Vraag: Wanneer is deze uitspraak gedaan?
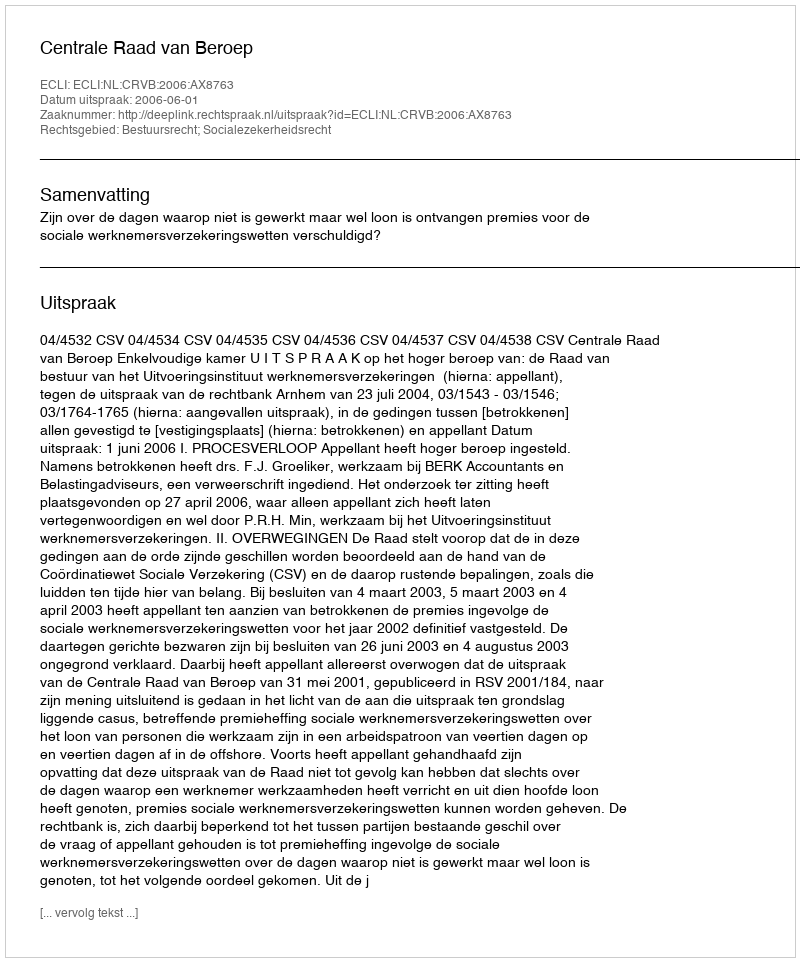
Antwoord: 2006-06-01